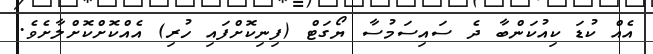
އެއް ކުޑަ ކިއުކަންބާ ދެ ސައިސަމުސާ ޔޯގަޓް (ފިނިކޮށްފައި ހުރި) އެއްކޮށްކޮށްލާށެވެ.